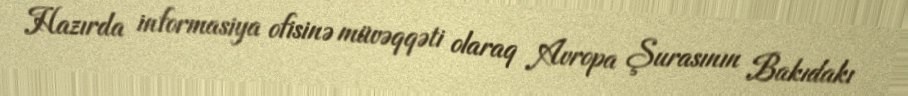
Hazırda informasiya ofisinə müvəqqəti olaraq Avropa Şurasının Bakıdakı